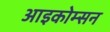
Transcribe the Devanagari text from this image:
आइकोम्सन